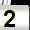
Digit: 2